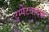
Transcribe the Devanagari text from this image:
ट्रम्पेटवादक